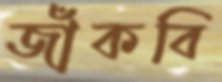
জাঁকবি